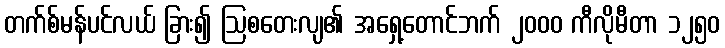
တက်စ်မန်ပင်လယ် ခြား၍ ဩစတေးလျ၏ အရှေ့တောင်ဘက် ၂၀၀၀ ကီလိုမီတာ ၁၂၅၀